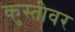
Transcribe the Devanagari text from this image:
कुस्तीवर